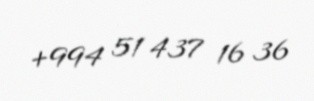
+994 51 437 16 36